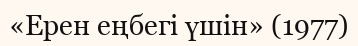
«Ерен еңбегі үшін» (1977)